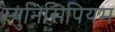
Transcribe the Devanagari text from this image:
म्युनिसिपियम